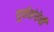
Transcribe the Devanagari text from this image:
पुर्वसंधेची